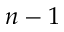
n - 1